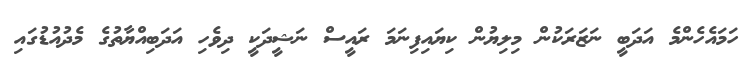
ހަމައެހެންމެ އަދަބީ ނަޒަރަކުން މިލިޔުން ކިޔައިފިނަމަ ރައީސް ނަޝީދަކީ ދިވެހި އަދަބިއްޔާތުގެ މެދުއުޑުގައި